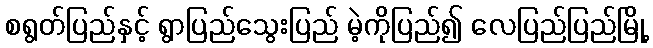
စရွတ်ပြည်နှင့် ရွာပြည်သွေးပြည် မဲ့ကိုပြည်၍ လေပြည်ပြည်မြို့